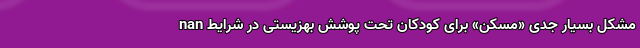
nan مشکل بسیار جدی‌ «مسکن» برای کودکانِ تحت پوشش بهزیستی در شرایط